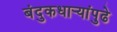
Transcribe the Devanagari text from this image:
बंदुकधार्‍यांपुढे